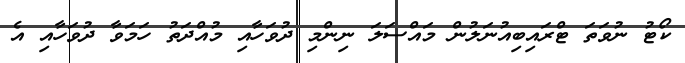
ކޯޓު ނުވަތަ ޓްރައިބިއުނަލުން މައްސަލަ ނިންމި ދުވަހާއި މުއްދަތު ހަމަވާ ދުވަހާއި އެ